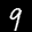
Label: 9